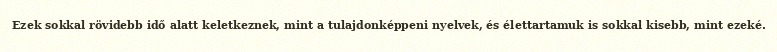
Ezek sokkal rövidebb idő alatt keletkeznek, mint a tulajdonképpeni nyelvek, és élettartamuk is sokkal kisebb, mint ezeké.